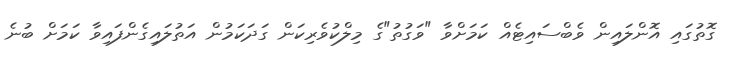
ގޮތުގައި އޮންލައިން ވެބްސައިޓެއް ކަމަށްވާ "ވަގުތު"ގެ މިލްކުވެރިކަން ގަދަކަމުން އަތުލައިގެންފައިވާ ކަމަށް ބުނެ